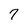
Character: 7